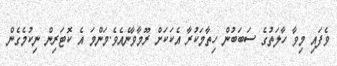
ވެފައި މިވާ ހާލަތުގެ ސަބަބުން ހިތާމަކުރާ އެކަކަށް ރޫމާވާނެއެވެ.މަންމަ އެ ކޮޓަރިން ނިކުމެގެން